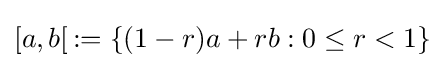
[a,b[\,:=\left\{(1-r)a+rb:0\leq r<1\right\}